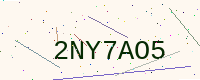
Text: 2NY7AO5